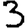
Digit: 3